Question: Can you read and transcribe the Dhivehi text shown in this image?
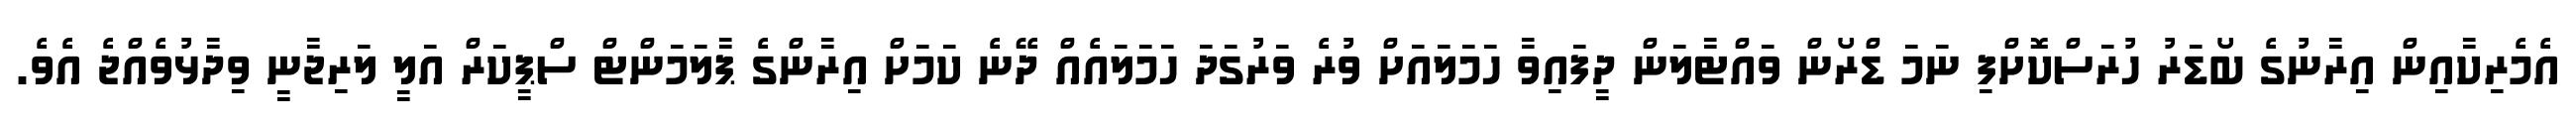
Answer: އެމެރިކާއިން އިރާނުގެ ބޯޑަރު ހުރަސްކޮށްފި ނަމަ ޑްރޯން ވައްޓާލަން ދީފައިވާ ހަމަލައަށް ވުރެ ވަރުގަދަ ހަމަލައެއް ދޭނެ ކަމަށް އިރާންގެ ޕާލަމަންޓް ސްޕީކަރް އަލީ ލަރިޖާނީ ވިދާޅުވެއްޖެ އެވެ.